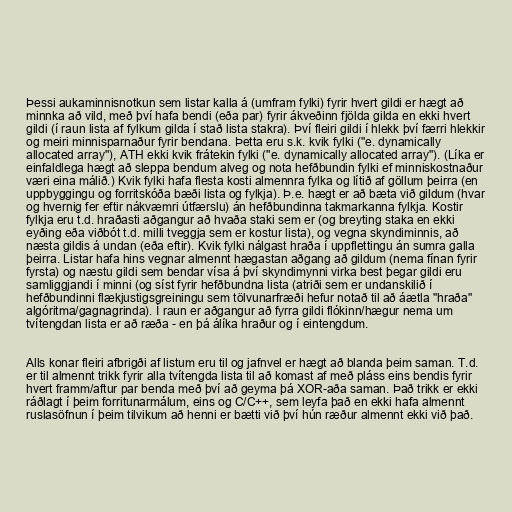
Þessi aukaminnisnotkun sem listar kalla á (umfram fylki) fyrir hvert gildi er hægt að
minnka að vild, með því hafa bendi (eða par) fyrir ákveðinn fjölda gilda en ekki hvert
gildi (í raun lista af fylkum gilda í stað lista stakra). Því fleiri gildi í hlekk því færri hlekkir
og meiri minnisparnaður fyrir bendana. Þetta eru s.k. kvik fylki ("e. dynamically
allocated array"), ATH ekki kvik frátekin fylki ("e. dynamically allocated array"). (Líka er
einfaldlega hægt að sleppa bendum alveg og nota hefðbundin fylki ef minniskostnaður
væri eina málið.) Kvik fylki hafa flesta kosti almennra fylka og lítið af göllum þeirra (en
uppbyggingu og forritskóða bæði lista og fylkja). Þ.e. hægt er að bæta við gildum (hvar
og hvernig fer eftir nákvæmri útfærslu) án hefðbundinna takmarkanna fylkja. Kostir
fylkja eru t.d. hraðasti aðgangur að hvaða staki sem er (og breyting staka en ekki
eyðing eða viðbót t.d. milli tveggja sem er kostur lista), og vegna skyndiminnis, að
næsta gildis á undan (eða eftir). Kvik fylki nálgast hraða í uppflettingu án sumra galla
þeirra. Listar hafa hins vegnar almennt hægastan aðgang að gildum (nema fínan fyrir
fyrsta) og næstu gildi sem bendar vísa á því skyndimynni virka best þegar gildi eru
samliggjandi í minni (og síst fyrir hefðbundna lista (atriði sem er undanskilið í
hefðbundinni flækjustigsgreiningu sem tölvunarfræði hefur notað til að áætla "hraða"
algóritma/gagnagrinda). Í raun er aðgangur að fyrra gildi flókinn/hægur nema um
tvítengdan lista er að ræða - en þá álíka hraður og í eintengdum.

Alls konar fleiri afbrigði af listum eru til og jafnvel er hægt að blanda þeim saman. T.d.
er til almennt trikk fyrir alla tvítengda lista til að komast af með pláss eins bendis fyrir
hvert framm/aftur par benda með því að geyma þá XOR-aða saman. Það trikk er ekki
ráðlagt í þeim forritunarmálum, eins og C/C++, sem leyfa það en ekki hafa almennt
ruslasöfnun í þeim tilvikum að henni er bætti við því hún ræður almennt ekki við það.